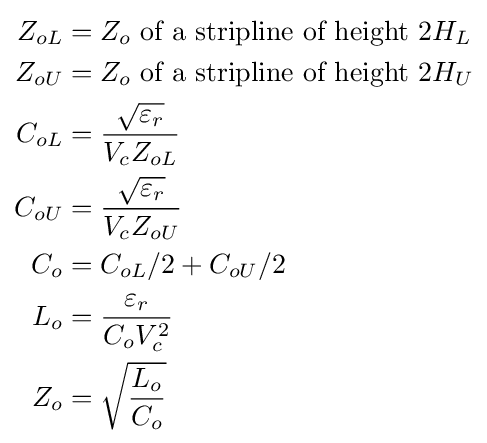
{\begin{aligned}Z_{oL}&=Z_{o}{\text{ of a stripline of height }}2H_{L}\\Z_{oU}&=Z_{o}{\text{ of a stripline of height }}2H_{U}\\C_{oL}&={\frac {\sqrt {\varepsilon _{r}}}{V_{c}Z_{oL}}}\\C_{oU}&={\frac {\sqrt {\varepsilon _{r}}}{V_{c}Z_{oU}}}\\C_{o}&=C_{oL}/2+C_{oU}/2\\L_{o}&={\frac {\varepsilon _{r}}{C_{o}V_{c}^{2}}}\\Z_{o}&={\sqrt {\frac {L_{o}}{C_{o}}}}\\\end{aligned}}